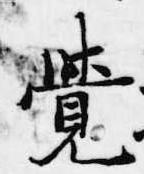
覚